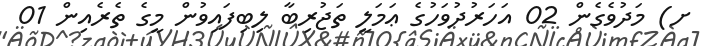
ށ) މަދުވެގެން 02 އަހަރުދުވަހުގެ ޢަމަލީ ތަޖުރިބާ ލިބިފައިވުން މީގެ ތެރެއިން 01